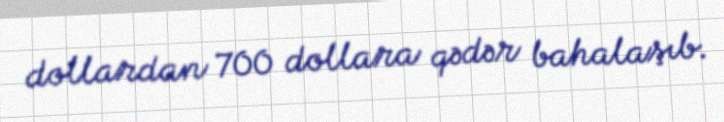
dollardan 700 dollara qədər bahalaşıb.